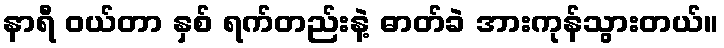
နာရီ ဝယ်တာ နှစ် ရက်တည်းနဲ့ ဓာတ်ခဲ အားကုန်သွားတယ်။